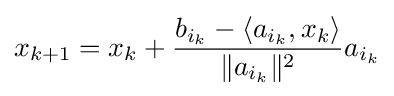
x_{k+1}=x_{k}+{\frac {b_{i_{k}}-\langle a_{i_{k}},x_{k}\rangle }{\|a_{i_{k}}\|^{2}}}a_{i_{k}}